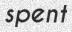
spent